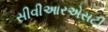
સીવીઆરએસટી